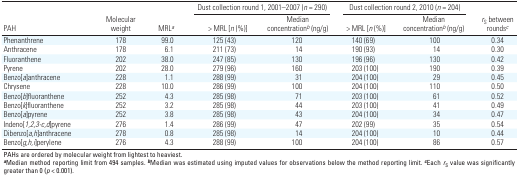
| <ROWSPAN=2> PAH | <ROWSPAN=2> Molecular weight | <ROWSPAN=2> MRLa | <COLSPAN=2> Dust collection round 1, 2001–2007 (n = 290) | <COLSPAN=2> Dust collection round 2, 2010 (n = 204) | <ROWSPAN=2> rS between roundsc |
 | > MRL [n (%)] | Median concentrationb (ng/g) | > MRL [n (%)] | Median concentrationb (ng/g) |
 | --- | --- | --- | --- | --- | --- | --- | --- |
 | Phenanthrene | 178 | 99.0 | 125 (43) | 120 | 140 (69) | 100 | 0.34 |
 | Anthracene | 178 | 6.1 | 211 (73) | 14 | 190 (93) | 14 | 0.30 |
 | Fluoranthene | 202 | 38.0 | 247 (85) | 130 | 196 (96) | 130 | 0.42 |
 | Pyrene | 202 | 28.0 | 279 (96) | 160 | 203 (100) | 190 | 0.39 |
 | Benzo[a]anthracene | 228 | 1.1 | 288 (99) | 31 | 204 (100) | 29 | 0.45 |
 | Chrysene | 228 | 10.0 | 286 (99) | 100 | 204 (100) | 110 | 0.50 |
 | Benzo[b]fluoranthene | 252 | 4.3 | 285 (98) | 71 | 203 (100) | 61 | 0.52 |
 | Benzo[k]fluoranthene | 252 | 3.2 | 285 (98) | 44 | 203 (100) | 41 | 0.49 |
 | Benzo[a]pyrene | 252 | 3.8 | 285 (98) | 43 | 204 (100) | 34 | 0.47 |
 | Indeno[1,2,3-c,d]pyrene | 276 | 1.4 | 286 (99) | 47 | 202 (99) | 35 | 0.54 |
 | Dibenzo[a,h]anthracene | 278 | 0.8 | 285 (98) | 14 | 204 (100) | 10 | 0.44 |
 | Benzo[g,h,i]perylene | 276 | 4.3 | 288 (99) | 100 | 204 (100) | 86 | 0.57 |
 | <COLSPAN=8> PAHs are ordered by molecular weight from lightest toheaviest. aMedian method reporting limit from 494 samples. bMedian wasestimated using imputed values for observations below the methodreporting limit. cEach rS value was significantly greater than 0 (p <0.001). |